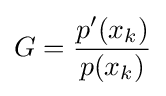
G={\frac {p'(x_{k})}{p(x_{k})}}